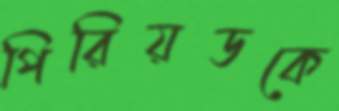
পিরিয়ডকে